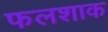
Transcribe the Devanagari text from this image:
फलशाक